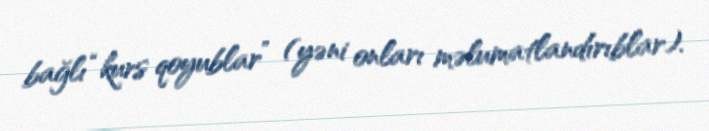
bağlı “kurs qoyublar” (yəni onları məlumatlandırıblar).